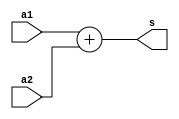
module add_16(a1, a2, s);
input [4:0] a1, a2;
output wire [5:0] s;

assign s = a1 + a2;

endmodule